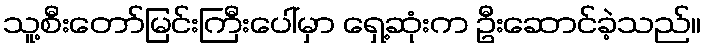
သူ့စီးတော်မြင်းကြီးပေါ်မှာ ရှေ့ဆုံးက ဦးဆောင်ခဲ့သည်။